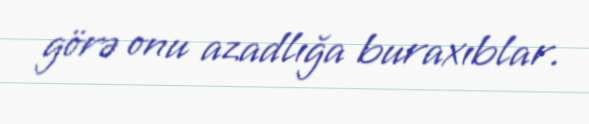
görə onu azadlığa buraxıblar.